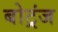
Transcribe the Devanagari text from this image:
बोट्रंज